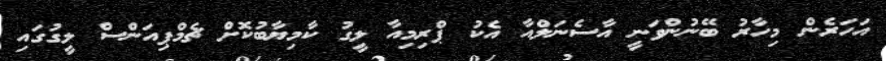
އަހަރެން މިހާރު ބޭނުންވަނީ އާސެނަލްއާ އެކު ޕްރިމިއާ ލީގު ކާމިޔާބުކޮށް ޗެމްޕިއަންސް ލީގުގައި